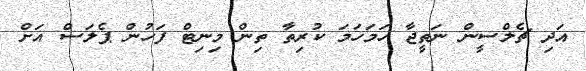
އަދި ޗެލްސީން ނަތީޖާ ހަމަހަމަ ކުރިތާ ތިން މިނިޓް ފަހުން ޕެލަސް އަށް